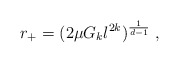
\begin{align*}r_{+}=(2\mu G_{k}l^{2k})^{\frac{1}{d-1}}\;, \end{align*}